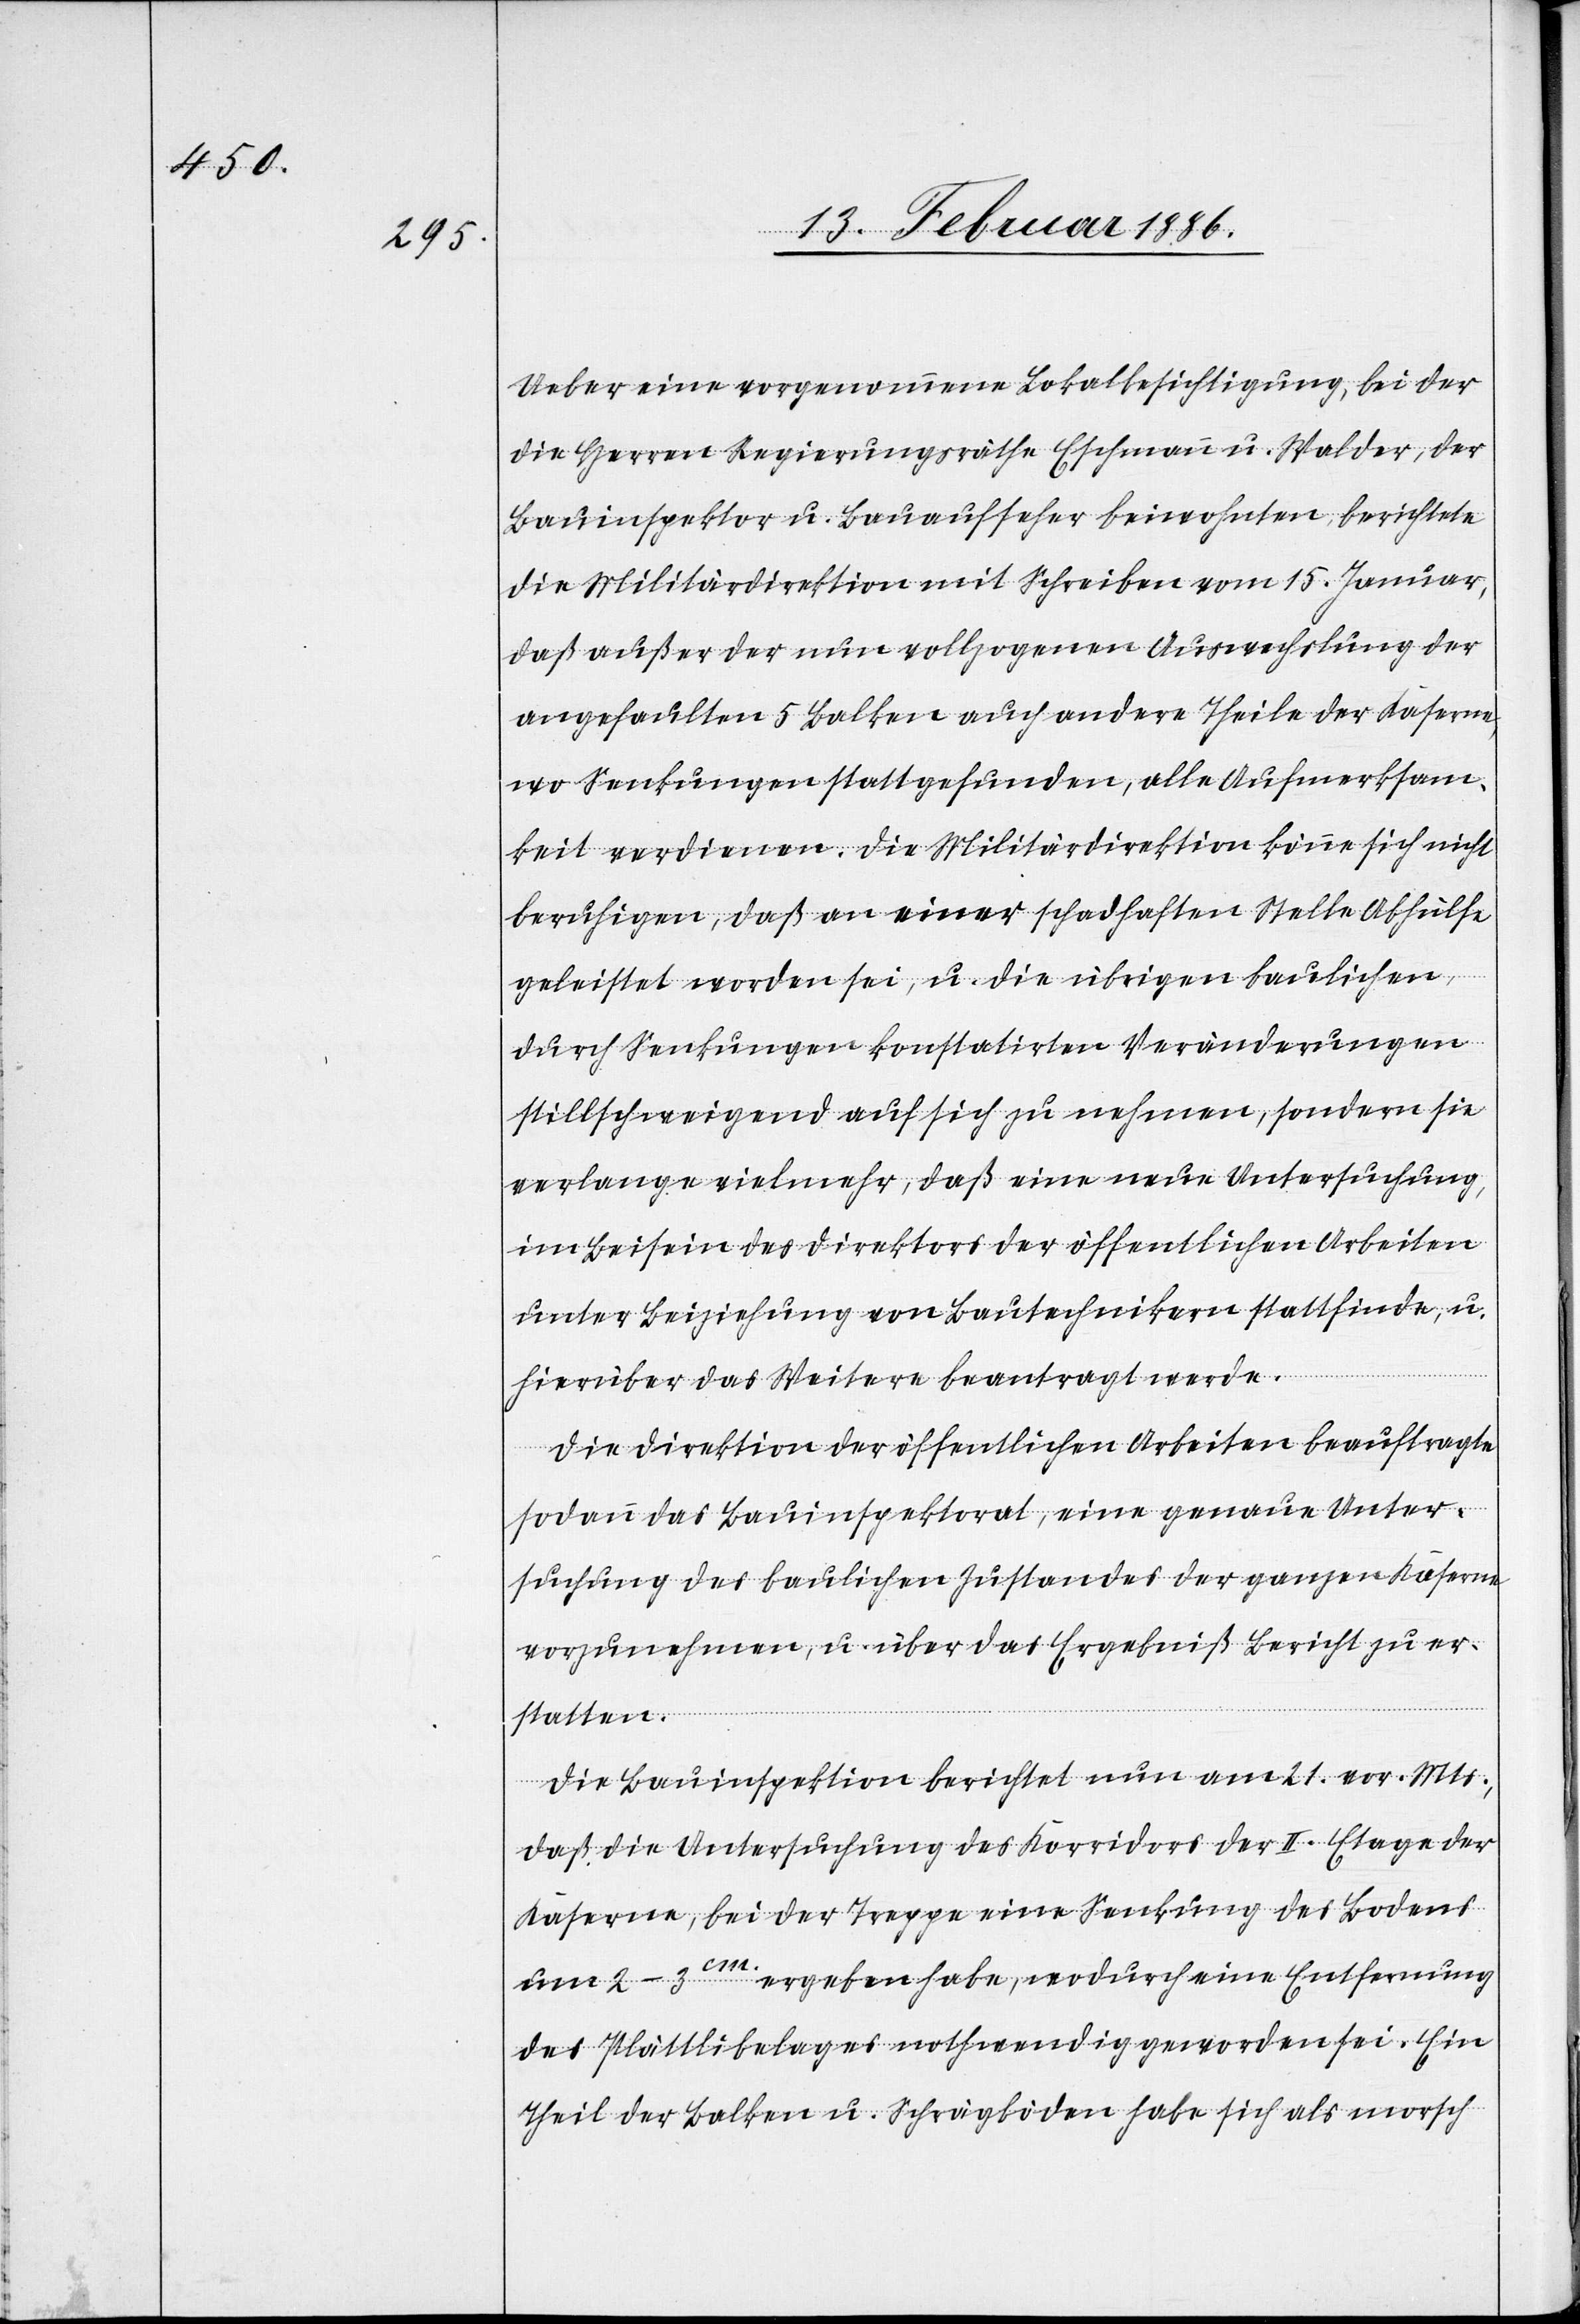
Ueber eine vorgenommene Lokalbesichtigung, bei der
die Herren Regierungsräthen Eschmann u. Walder, der
Bauinspektor u. Bauaufseher beiwohnten, berichtete
die Militärdirektion mit Schreiben vom 15. Januar,
daß außer der nun vollzogenen Auswechslung der
angefaulten 5 Balken auch andere Theile der Kaserne,
wo Senkungen stattgefunden, alle Aufmerksam¬
keit verdienen. Die Militärdirektion könne sich nicht
beruhigen, daß an einer schadhaften Stelle Abhülfe
geleistet worden sei, u. die übrigen baulichen
durch Senkungen konstatirten Veränderungen
stillschweigend auf sich zu nehmen, sondern sie
verlange vielmehr, daß eine neue Untersuchung,
im Beisein des Direktors der öffentlichen Arbeiten
unter Beiziehung von Bautechnikern stattfinde, u.
hierüber das Weitere beantragt werde.
Die Direktion der öffentlichen Arbeiten beauftrage
sodann das Bauinspektorat, eine genaue Unter¬
suchung des baulichen Zustandes der ganzen Kaserne
vorzunehmen, u. über das Ergebniß Bericht zu er¬
statten.
Die Bauinspektion berichtet nun am 21. vor. Mts.,
daß die Untersuchung des Korridors der II. Etage der
Kaserne, bei der Treppe eine Senkung des Bodens
um 2–3cm. ergeben habe, wodurch eine Entfernung
des Plättlibelages nothwendig geworden sei. Ein
Theil der Balken u. Schrägböden habe sich als morsch